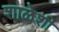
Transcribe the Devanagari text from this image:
शाळेशी